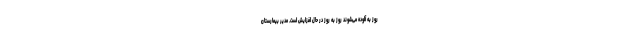
روز به آلوده می‌شوند روز به روز در حال افزایش است. مدیر بیمارستان